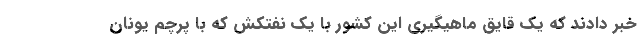
خبر دادند که یک قایق ماهیگیری این کشور با یک نفتکش که با پرچم یونان